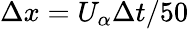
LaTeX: \Delta x=U_{\alpha}\Delta t/50